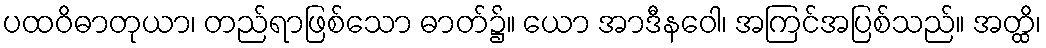
ပထဝိဓာတုယာ၊ တည်ရာဖြစ်သော ဓာတ်၌။ ယော အာဒီနဝေါ၊ အကြင်အပြစ်သည်။ အတ္ထိ၊